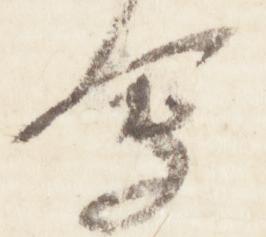
会